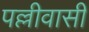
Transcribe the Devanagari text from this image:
पल्लीवासी